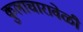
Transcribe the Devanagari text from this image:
कुलाचारावेळी